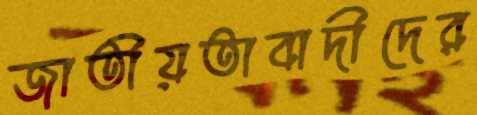
জাতীয়তাবাদীদের